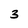
Character: 3